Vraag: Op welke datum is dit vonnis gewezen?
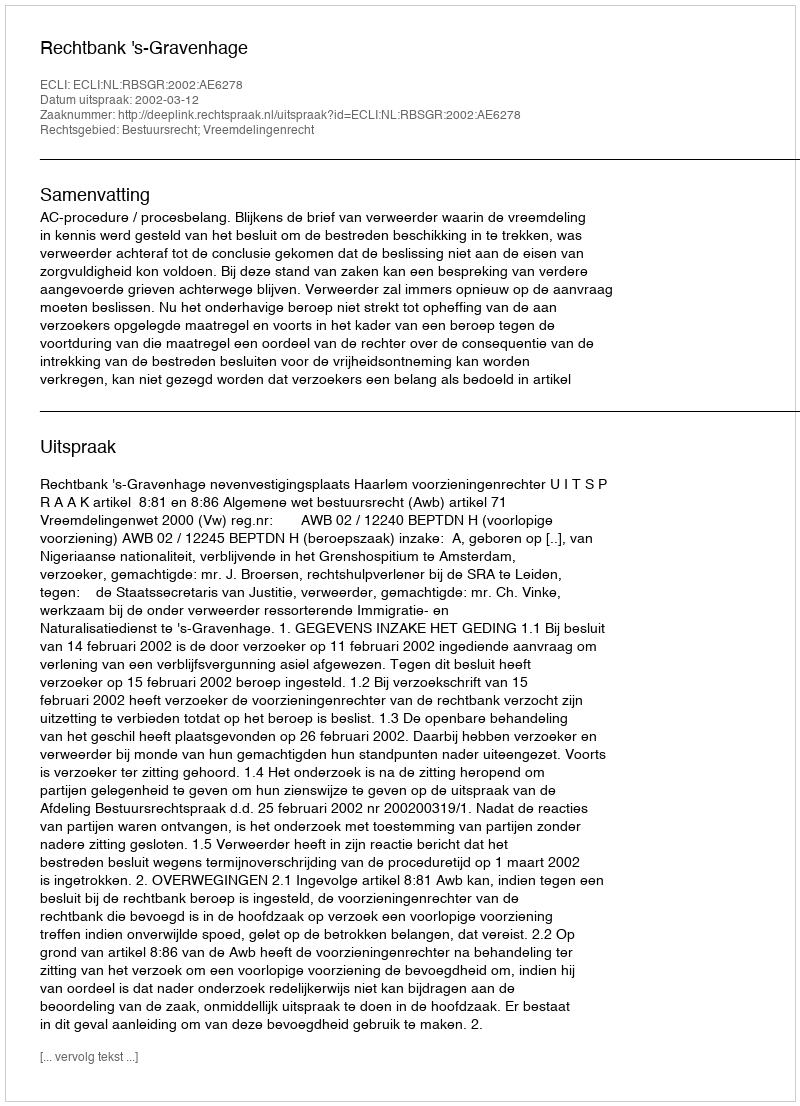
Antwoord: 2002-03-12